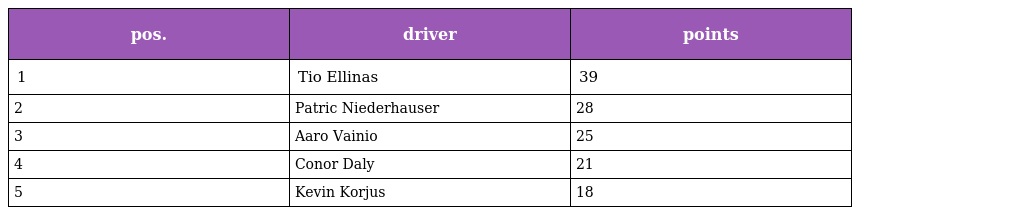
| pos. | driver | points |
 | --- | --- | --- |
 | 1 | Tio Ellinas | 39 |
 | 2 | Patric Niederhauser | 28 |
 | 3 | Aaro Vainio | 25 |
 | 4 | Conor Daly | 21 |
 | 5 | Kevin Korjus | 18 |